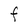
Character: f